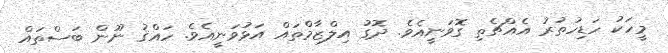
މީހަކު ހަޑިހުތުރު އެއްޗެތި ގޮވަނީއެވެ. ދޮގު އިލްޒާމްތައް އަޅުވަނީއެވެ. ހައްޤު ނޫން ބަސްތައް